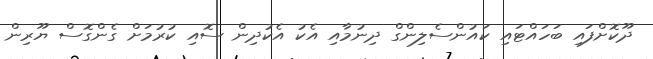
ދޫކޮށްފައި ބަހައްޓައި ކައުންސެލިންގް ދިނުމާއި އެކު އެކުދިން ސޮއި ކުުރުމަށް ގެންގޮސް ޔޫރިން